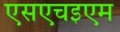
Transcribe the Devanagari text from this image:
एसएचइएम